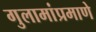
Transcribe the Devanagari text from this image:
गुलामांप्रमाणे